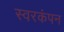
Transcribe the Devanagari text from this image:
स्वरकंपन